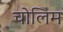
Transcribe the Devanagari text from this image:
चोलिम